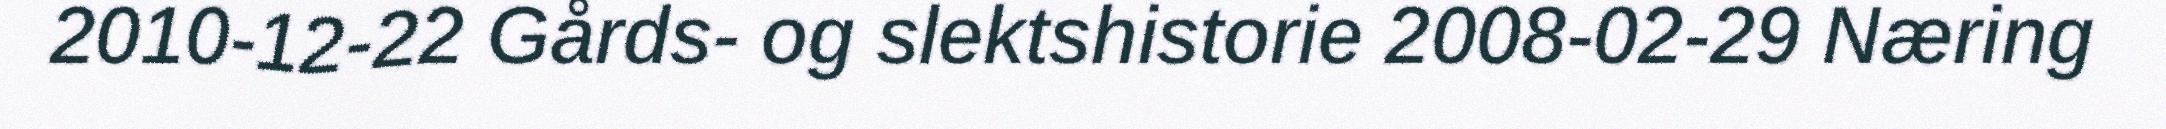
2010-12-22 Gårds- og slektshistorie 2008-02-29 Næring